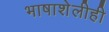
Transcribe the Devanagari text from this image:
भाषाशेलीही